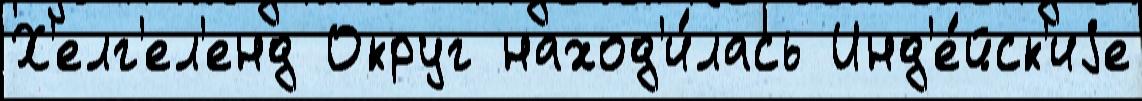
Х'елг'ел'енд Округ наход'и́лась Инд'е́йск'иjе